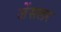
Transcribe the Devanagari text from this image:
जेंसलर